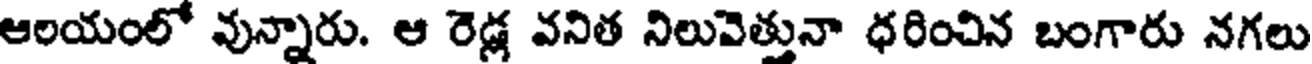
ఆలయంలో వున్నారు. ఆ రెడ్ల వనిత నిలువెత్తునా ధరించిన బంగారు నగలు